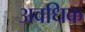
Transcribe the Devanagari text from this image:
अवधिक